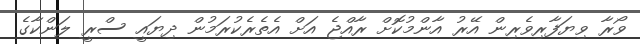
ވޯރާ ވިޔަފާރިވެރިން އޭރު އާންމުކޮށް ރާއްޖެ އަށް އެތެރެކުރަމުން ދިޔައީ ސްރީ ލަންކާގެ